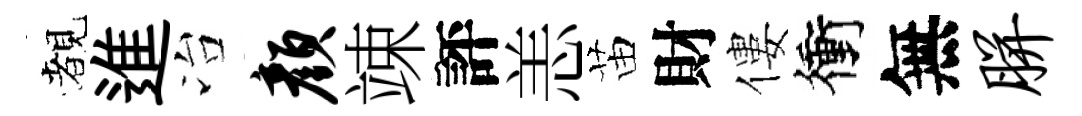
覩進冶颜竦評恙苗財僂衝無胼